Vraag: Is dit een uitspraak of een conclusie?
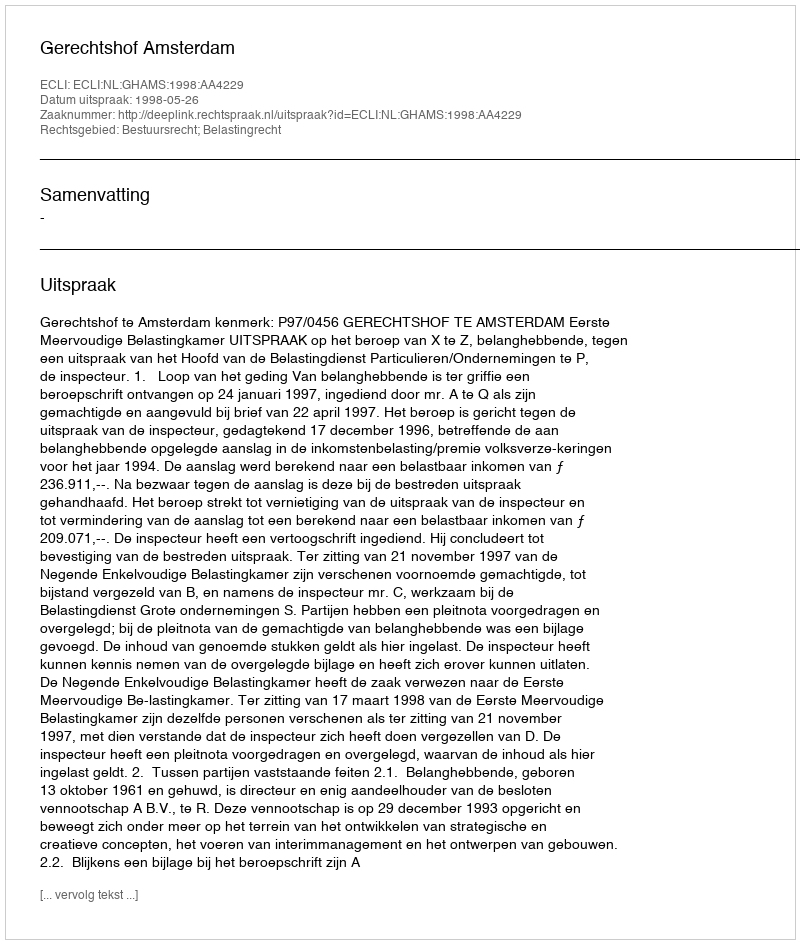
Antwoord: Uitspraak